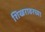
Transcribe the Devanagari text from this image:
शिखरावरच्या